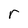
Character: r